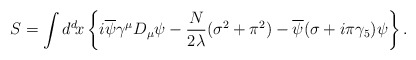
\begin{align*}S=\int d^d\! x \left\{ i\overline{\psi}\gamma^\mu D_\mu \psi -{N \over 2\lambda}(\sigma^2+\pi^2)-\overline{\psi}(\sigma+i\pi\gamma_5)\psi \right\}.\end{align*}